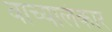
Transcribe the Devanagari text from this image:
वाच्यालंकार